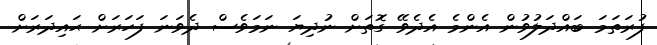
ފުރަތަމަ ބައްދަލުވުން އެންމެ އެދެވޭ ގޮތަށް ނުދިޔަ ނަމަވެސް ދެވަނަ ފަހަރަށް ޙައިދަރަށް